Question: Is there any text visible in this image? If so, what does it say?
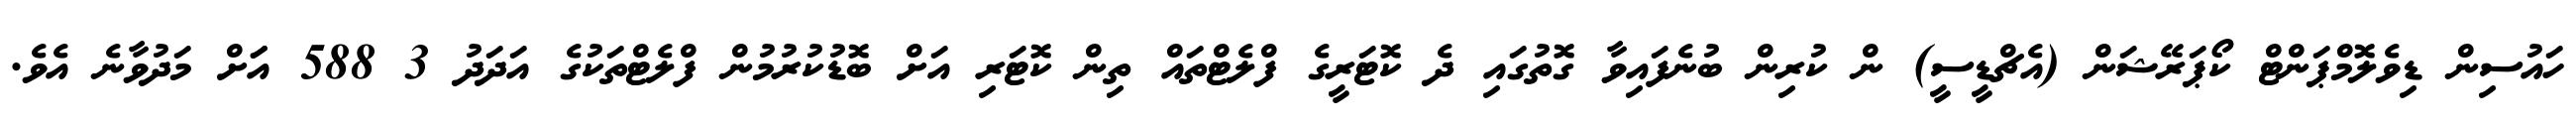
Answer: ހައުސިން ޑިވެލޮމްޕަންޓް ކޯޕަރޭޝަން (އެޗްޑީސީ) ން ކުރިން ބުނެފައިވާ ގޮތުގައި ދެ ކޮޓަރީގެ ފްލެޓްތައް ތިން ކޮޓަރި އަށް ބޮޑުކުރުމުން ފްލެޓްތަކުގެ އަދަދު 3 588 އަަށް މަދުވާނެ އެވެ.